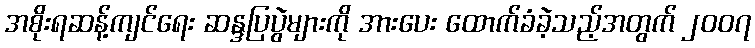
အစိုးရဆန့်ကျင်ရေး ဆန္ဒပြပွဲများကို အားပေး ထောက်ခံခဲ့သည့်အတွက် ၂၀၀၇